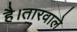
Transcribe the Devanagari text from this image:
है।तारवाले